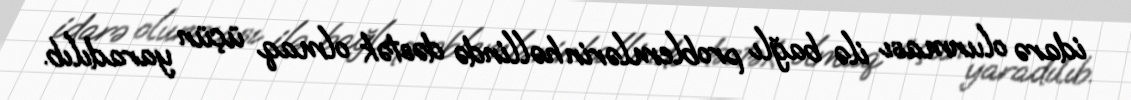
idarə olunması ilə bağlı problemlərin həllində dəstək olmaq üçün yaradılıb.